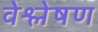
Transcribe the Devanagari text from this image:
वेश्लेषण